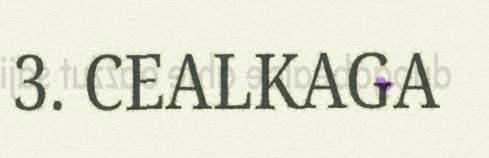
3. CEALKAGA